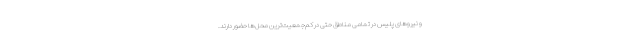
و نیروهای پلیس در تمامی مناطق حتی در کم‌جمعیت‌ترین محل‌ها حضور دارند.